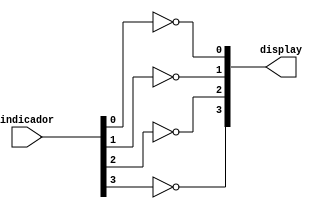
/*
	Mdulo para decidir de quem  cada vez de ascender no display
	
	Ele pega a vez indicada pelo 1 e inverte, pois o display ascende com o 0
	
	Chegando 1000 do indica vez (oq seria acionar primeiro digito)
	vai sair 0111, para acionar o primeiro digito
*/
module power_digit(display, indicador);
	input [3:0] indicador;
	output [3:0] display;
	
	not Not0(display[0], indicador[0]);
	not Not1(display[1], indicador[1]);
	not Not2(display[2], indicador[2]);
	not Not3(display[3], indicador[3]);
  
endmodule